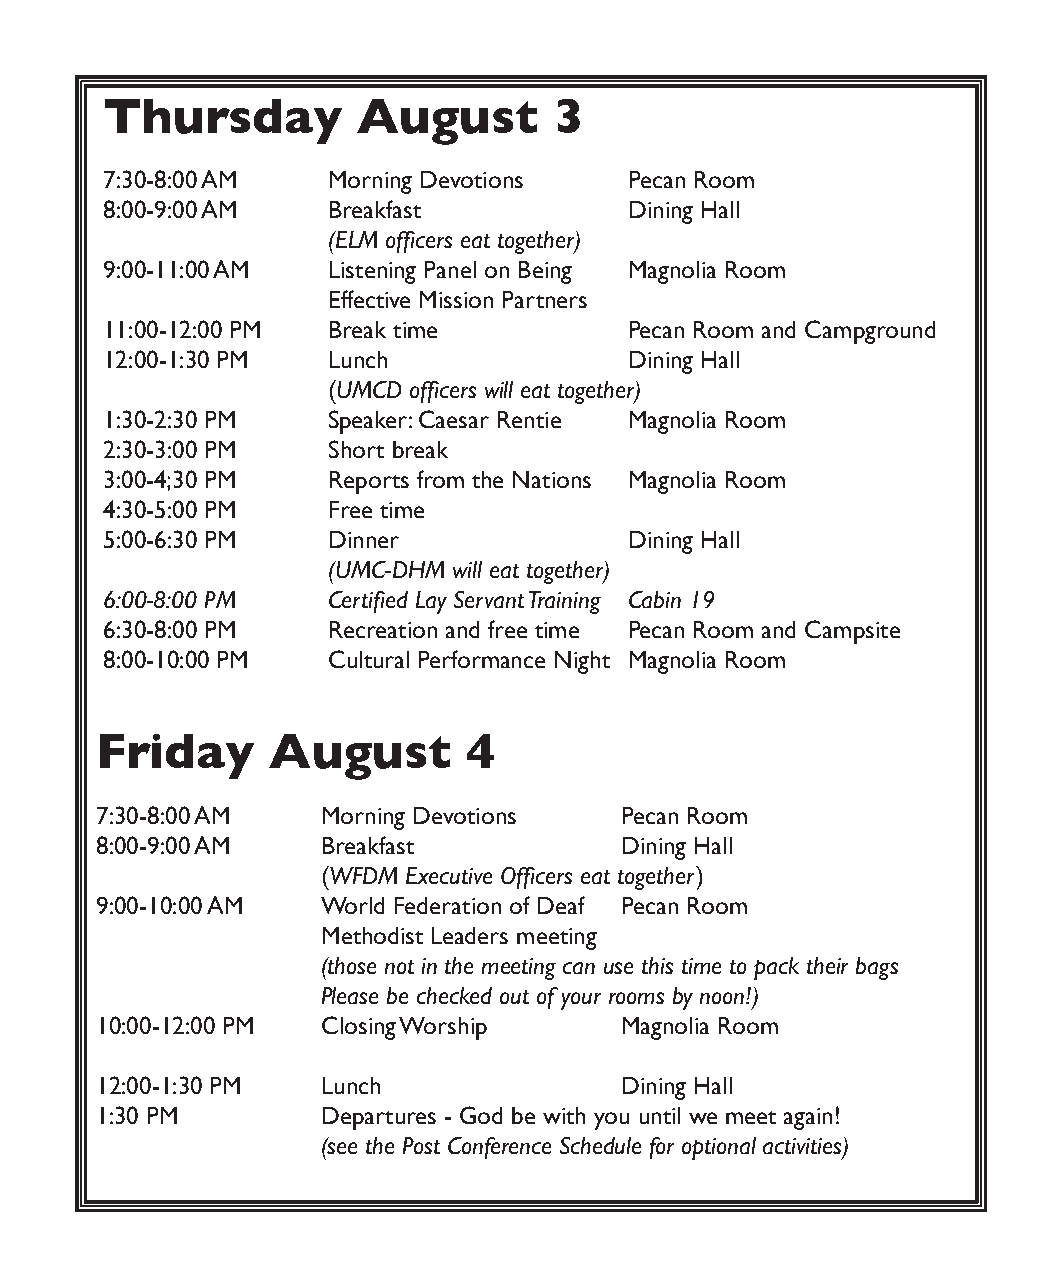
Thursday         August       3
 7:30-8:00 AM   Morning Devotions   Pecan Room
 8:00-9:00 AM   Breakfast           Dining Hall
 (ELM officers eat together)
 9:00-11:00 AM  Listening Panel on Being Magnolia Room
 Effective Mission Partners
 11:00-12:00 PM Break time          Pecan Room and Campground
 12:00-1:30 PM  Lunch               Dining Hall
 (UMCD officers will eat together)
 1:30-2:30 PM   Speaker: Caesar Rentie Magnolia Room
 2:30-3:00 PM   Short break
 3:00-4;30 PM   Reports from the Nations Magnolia Room
 4:30-5:00 PM   Free time
 5:00-6:30 PM   Dinner              Dining Hall
 (UMC-DHM will eat together)
 6:00-8:00 PM   Certified Lay Servant Training Cabin 19
 6:30-8:00 PM   Recreation and free time Pecan Room and Campsite
 8:00-10:00 PM  Cultural Performance Night Magnolia Room
 Friday      August       4
 7:30-8:00 AM   Morning Devotions   Pecan Room
 8:00-9:00 AM   Breakfast           Dining Hall
 (WFDM Executive Officers eat together )
 9:00-10:00 AM  World Federation of Deaf Pecan Room
 Methodist Leaders meeting
 (those not in the meeting can use this time to pack their bags
 Please be checked out of your rooms by noon!)
 10:00-12:00 PM Closing Worship     Magnolia Room
 12:00-1:30 PM  Lunch               Dining Hall
 1:30 PM        Departures - God be with you until we meet again!
 (see the Post Conference Schedule for optional activities)